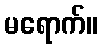
မရောက်။